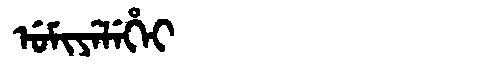
Manchu: ᡠᠮᡳᠶᡝᠯᡝᡥᡝᡳ
Romanization: UMIYELEHEI